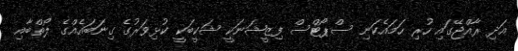
އަދި ރާއްޖޭގައި ހުރި ހަމައެކަނި ސްޕޯޓްސް ފިޒީޝަނަކީ ޝަކީބަކީ ކުޅިވަރުގެ ގިނަބައެއްގެ ލޯތްބާއި